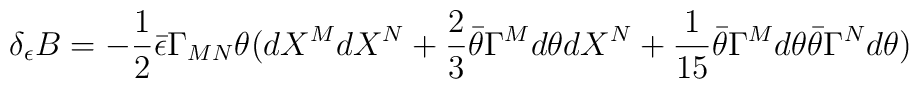
\delta_\epsilon B = -{1\over 2} \bar\epsilon \Gamma_{MN} \theta (dX^M dX^N +{2\over 3} \bar\theta \Gamma^M d\theta dX^N + {1\over 15} \bar\theta \Gamma^Md\theta \bar\theta \Gamma^N d\theta)